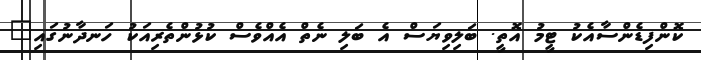
ކޮންފިޑެންސާއެކު ޓީމު އޮތީ. ބަލިވިޔަސް އެ ބަލި ނެތް އެއްވެސް ކުޅުންތެރިއަކު ހަނދާނުގައި"